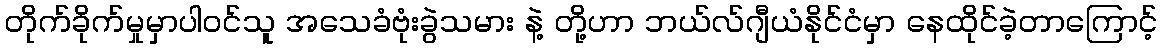
တိုက်ခိုက်မှုမှာပါဝင်သူ အသေခံဗုံးခွဲသမား နဲ့ တို့ဟာ ဘယ်လ်ဂျီယံနိုင်ငံမှာ နေထိုင်ခဲ့တာကြောင့်